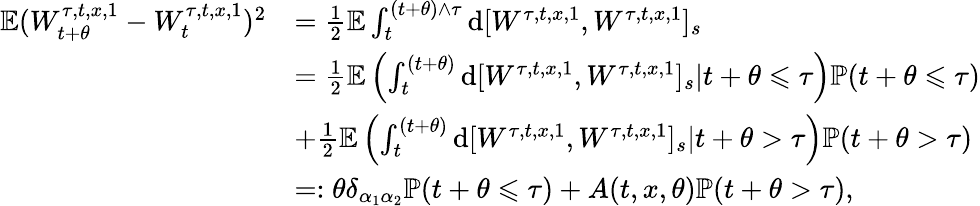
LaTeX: \begin{array}{rl}{\mathbb{E}(W_{t+\theta}^{\tau,t,x,1}-W_{t}^{\tau,t,x,1})^{2}}&{=\frac{1}{2}\mathbb{E}\int_{t}^{(t+\theta)\wedge\tau}\mathrm{d}[W^{\tau,t,x,1},W^{\tau,t,x,1}]_{s}}\\ &{=\frac{1}{2}\mathbb{E}\left(\int_{t}^{(t+\theta)}\mathrm{d}[W^{\tau,t,x,1},W^{\tau,t,x,1}]_{s}|t+\theta\leqslant\tau\right)\mathbb{P}(t+\theta\leqslant\tau)}\\ &{+\frac{1}{2}\mathbb{E}\left(\int_{t}^{(t+\theta)}\mathrm{d}[W^{\tau,t,x,1},W^{\tau,t,x,1}]_{s}|t+\theta>\tau\right)\mathbb{P}(t+\theta>\tau)}\\ &{=:\theta\delta_{\alpha_{1}\alpha_{2}}\mathbb{P}(t+\theta\leqslant\tau)+A(t,x,\theta)\mathbb{P}(t+\theta>\tau),}\end{array}